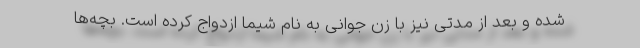
شده و بعد از مدتی نیز با زن جوانی به نام شیما ازدواج کرده است. بچه‌ها